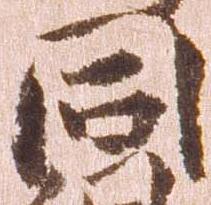
同